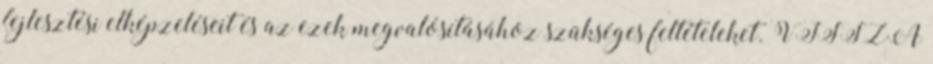
fejlesztési elképzeléseit és az ezek megvalósításához szükséges feltételeket. VISSZA